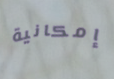
إمكانية